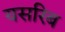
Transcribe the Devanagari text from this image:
यसरिब